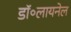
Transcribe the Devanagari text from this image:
डॉ॰लायनेल